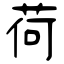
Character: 荷